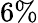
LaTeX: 6\%